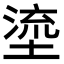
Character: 𡏬